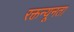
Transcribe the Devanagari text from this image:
रक्तन्यूनता